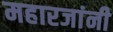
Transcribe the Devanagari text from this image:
महारजांनी